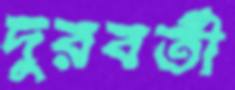
দুরবর্তী